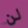
لن